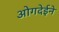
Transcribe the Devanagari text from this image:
ओगदेईने